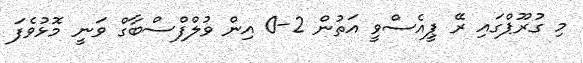
މި ގުރޫޕްގައި ރޭ ޕީއެސްވީ އަތުން 2-0 އިން ވުލްފްސްބާގް ވަނީ މޮޅުވެފަ